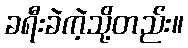
ခရီးခဲကဲ့သို့တည်း။